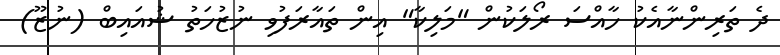
ދެ ތަރިންނާއެކު ހާއްސަ ރޯލަކުން "މަލިކާ" އިން ތައާރަފުވި ނުޒުހަތު ޝުއައިބް (ނުޒޫ)